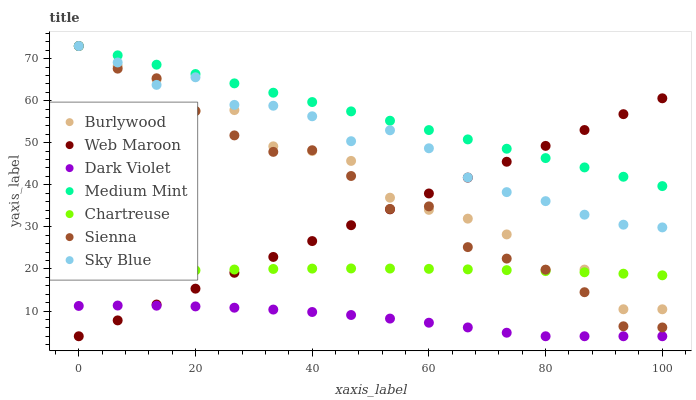
| xaxis_label | Burlywood | Web Maroon | Dark Violet | Medium Mint | Chartreuse | Sienna | Sky Blue |
 | --- | --- | --- | --- | --- | --- | --- | --- |
 | 0 | 73 | 4 | 11.2 | 73 | 18.8 | 73 | 73 |
 | 6.67 | 68.3 | 7.77 | 11.3 | 70.8 | 19.1 | 67.6 | 69.1 |
 | 13.3 | 65.1 | 11.5 | 11.3 | 68.6 | 19.4 | 65.3 | 63.8 |
 | 20 | 57.5 | 15.3 | 11.1 | 66.3 | 19.7 | 57.5 | 65.6 |
 | 26.7 | 57.8 | 19.1 | 10.8 | 64.1 | 19.9 | 51.8 | 59 |
 | 33.3 | 49.2 | 22.9 | 10.3 | 61.9 | 20 | 47.8 | 58.8 |
 | 40 | 48 | 26.6 | 9.76 | 59.7 | 20.1 | 48.2 | 56.3 |
 | 46.7 | 45.7 | 30.4 | 9.05 | 57.5 | 20.1 | 42.1 | 50.4 |
 | 53.3 | 36.9 | 34.2 | 8.2 | 55.2 | 20.1 | 34.3 | 53 |
 | 60 | 34 | 37.9 | 7.22 | 53 | 20 | 34.9 | 48.7 |
 | 66.7 | 32 | 41.7 | 6.1 | 50.8 | 19.9 | 25.2 | 41.7 |
 | 73.3 | 28.2 | 45.5 | 4.84 | 48.6 | 19.7 | 22.5 | 38.3 |
 | 80 | 19.8 | 49.3 | 4 | 46.4 | 19.5 | 19.8 | 36.1 |
 | 86.7 | 19.9 | 53 | 4 | 44.1 | 19.2 | 14.5 | 32.9 |
 | 93.3 | 10.4 | 56.8 | 4 | 41.9 | 18.9 | 6.37 | 30.5 |
 | 100 | 10.4 | 60.6 | 4 | 39.7 | 18.5 | 6.09 | 29.9 |